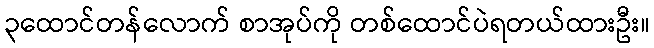
၃ထောင်တန်လောက် စာအုပ်ကို တစ်ထောင်ပဲရတယ်ထားဦး။